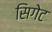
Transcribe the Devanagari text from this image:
सिगेट